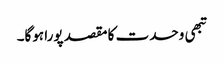
تبھی وحدت کا مقصد پورا ہوگا۔